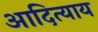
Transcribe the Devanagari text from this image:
आदित्याय